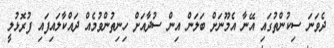
ދެވަނަ ސިކުންތުގައި އޭނާ އެމޫނަށް ބަލަން އިން ސުދާއަށް ހިނިތުންވުމެއް ދައްކާލައިފައި ފުރޮޅުލީ